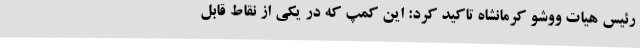
رئیس هیات ووشو کرمانشاه تاکید کرد: این کمپ که در یکی از نقاط قابل